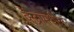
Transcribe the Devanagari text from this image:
केंद्रामधील